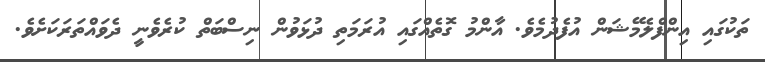
ތަކުގައި އިންފްލެމޭޝަން އުފެދުމެވެ. އާންމު ގޮތެއްގައި އުރަމަތި ދުޅަވުން ނިސްބަތް ކުރެވެނީ ދެވައްތަރަކަށެވެ.